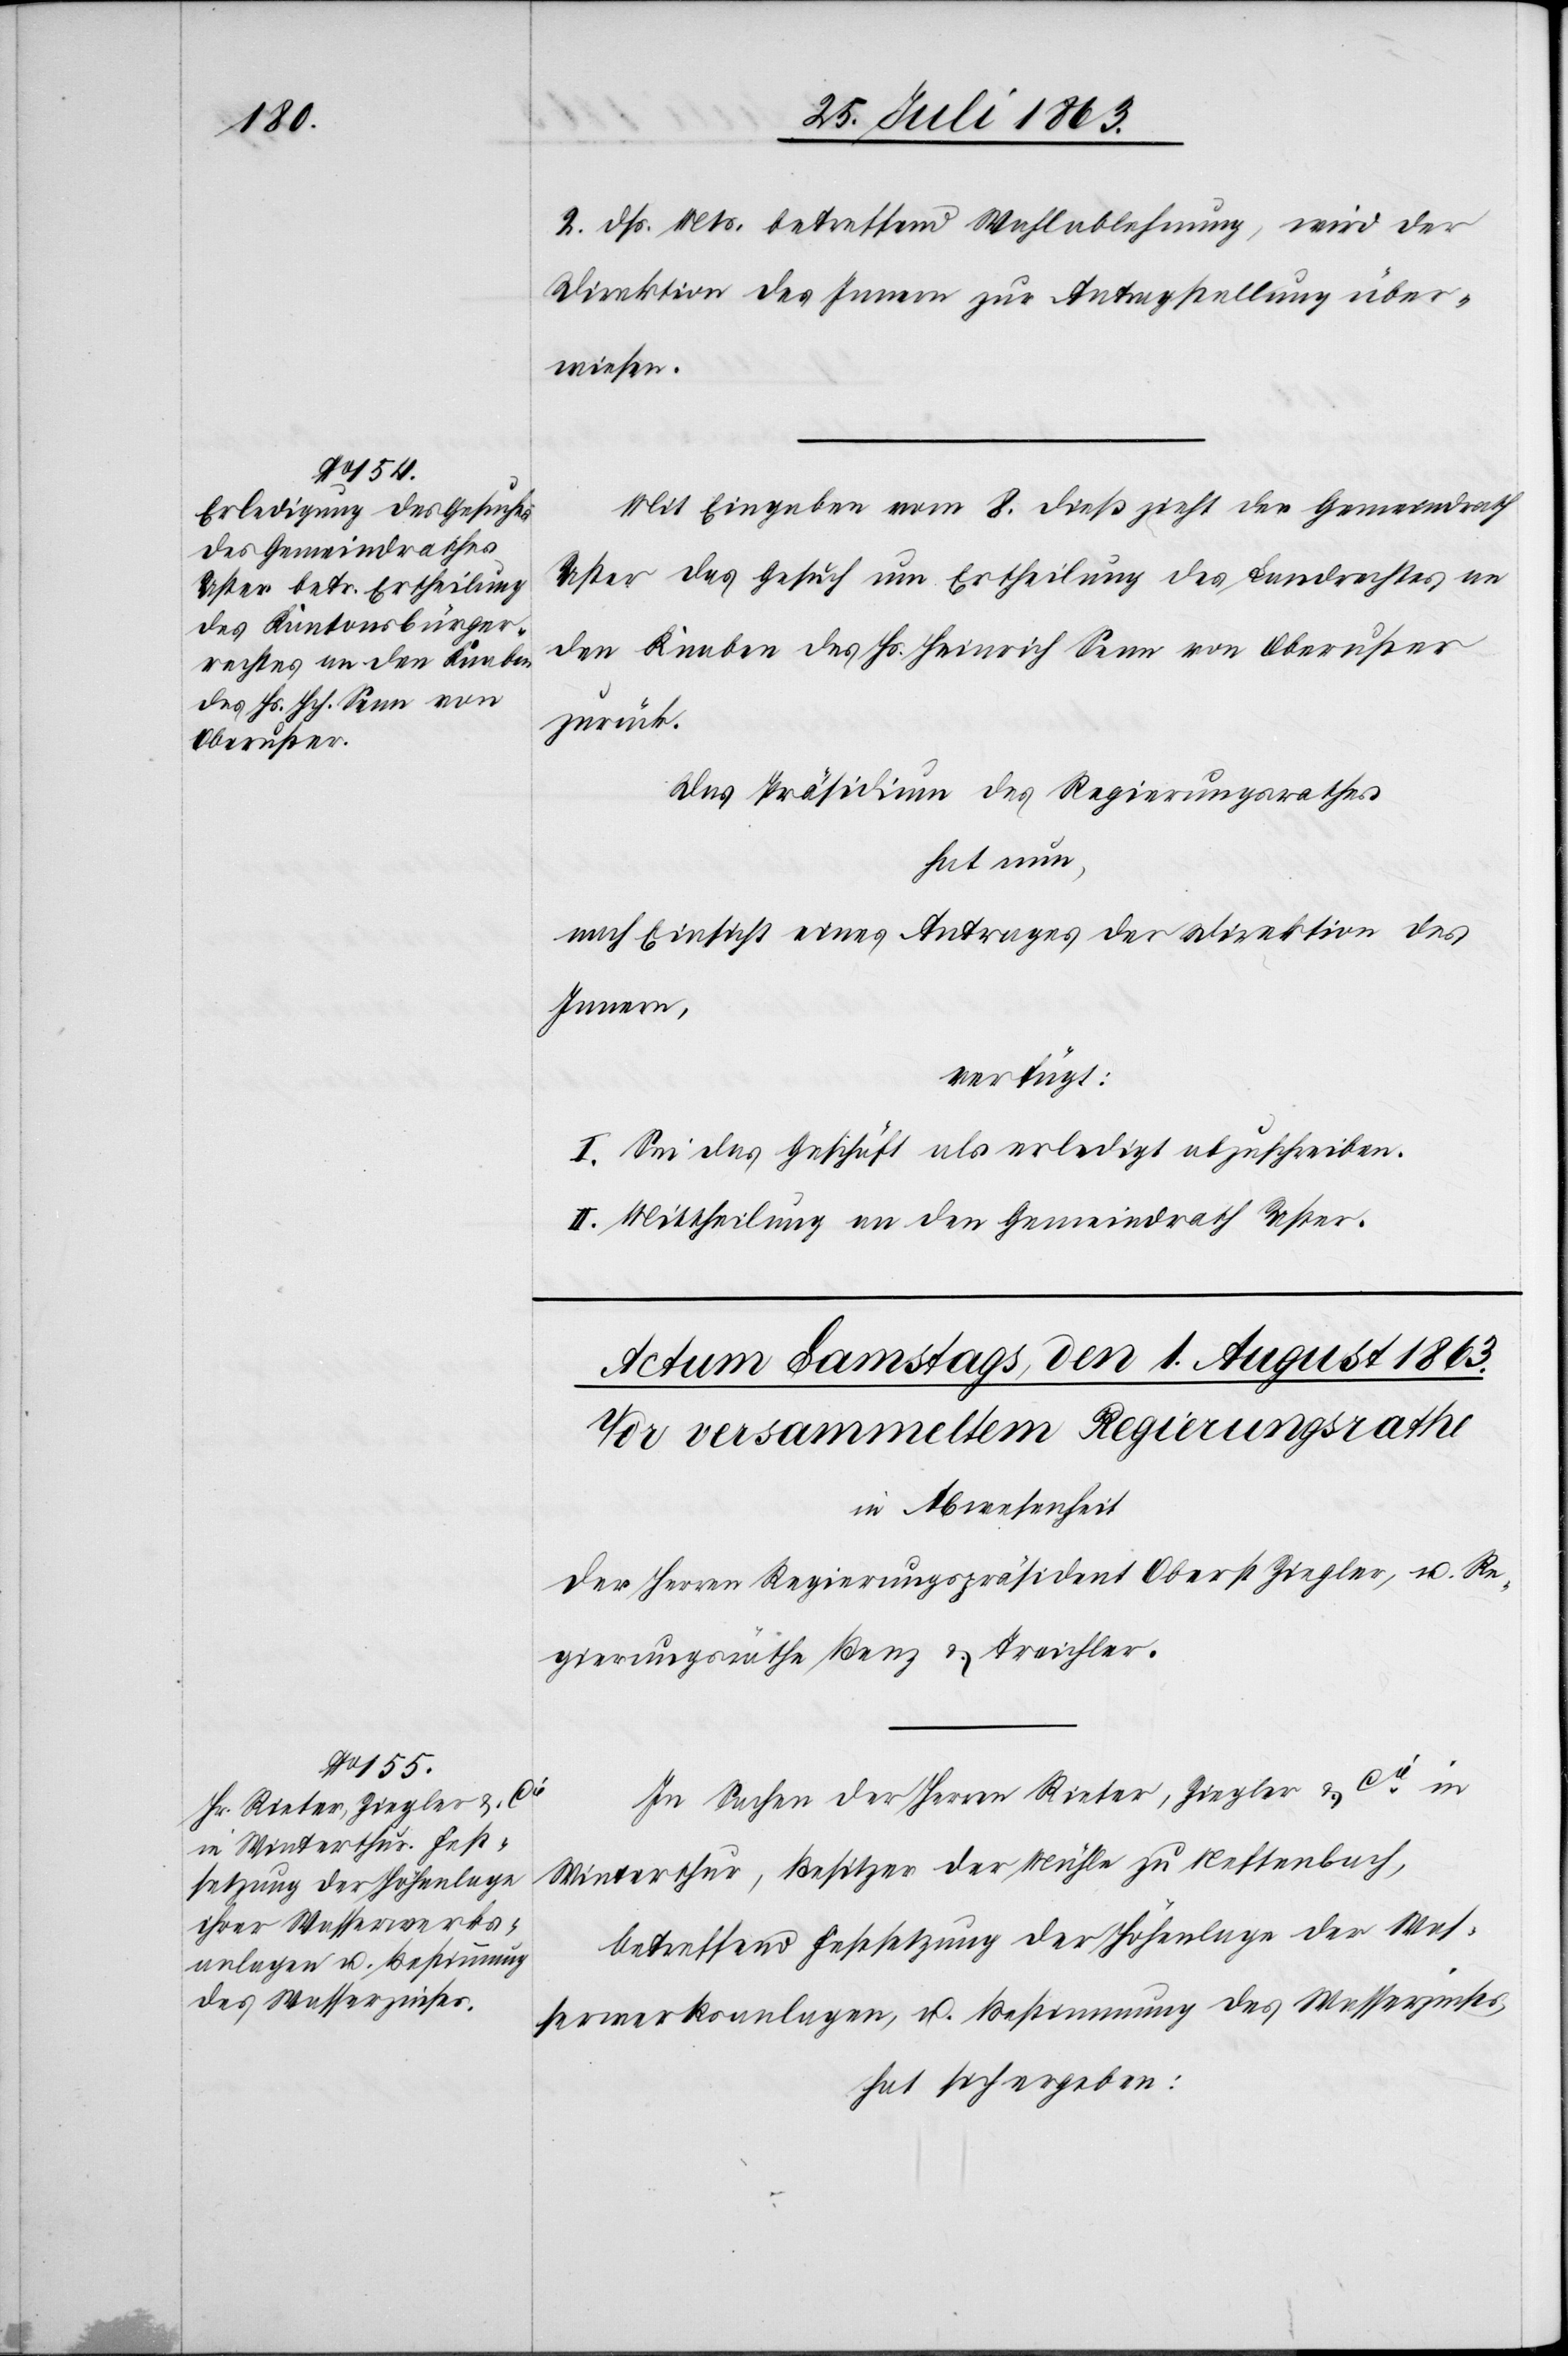
31. Juli 1863.]
2. dß. Mts. betreffend Wahlablehnung, wird der
Direktion des Innern zur Antragstellung über¬
wiesen.
Mit Eingaben vom 8. dieß zieht der Gemeindrath
Uster das Gesuch um Ertheilung des Landrechtes an
den Knaben des Hs. Heinrich Senn von Oberuster
zurück.
Das Präsidium des Regierungsrathes
hat nun,
nach Einsicht eines Antrages der Direktion des
Innern,
verfügt:
I. Sei das Geschäft als erledigt abzuschreiben.
II. Mittheilung an den Gemeindrath Uster.
In Sachen der Herren Rieter, Ziegler & Cie in
Winterthur, Besitzer der Mühle zu Neftenbach,
betreffend Festsetzung der Höhenlage der Was¬
serwerksanlagen, u. Bestimmung des Wasserzinses,
hat sich ergeben: